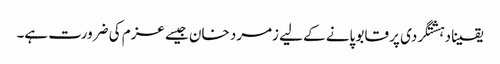
یقینا دہشتگردی پر قابو پانے کے لیے زمرد خان جیسے عزم کی ضرورت ہے۔